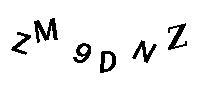
ZM9DNZ